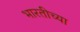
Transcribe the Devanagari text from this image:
भारतीच्या